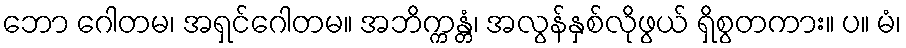
ဘော ဂေါတမ၊ အရှင်ဂေါတမ။ အဘိက္ကန္တံ၊ အလွန်နှစ်လိုဖွယ် ရှိစွတကား။ ပ။ မံ၊